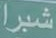
شبرا